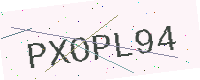
Text: PXOPL94